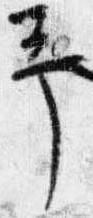
予